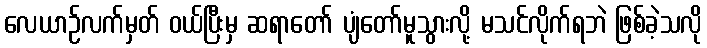
လေယာဉ်လက်မှတ် ဝယ်ပြီးမှ ဆရာတော် ပျံတော်မူသွားလို့ မသင်လိုက်ရဘဲ ဖြစ်ခဲ့သလို